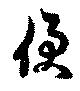
便